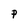
Character: P